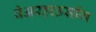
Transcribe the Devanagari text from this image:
वेअरहाउसींग